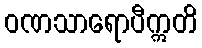
ဝဏသာရောပီဣတိ